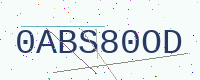
Text: 0ABS80OD